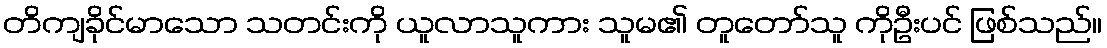
တိကျခိုင်မာသော သတင်းကို ယူလာသူကား သူမ၏ တူတော်သူ ကိုဦးပင် ဖြစ်သည်။